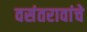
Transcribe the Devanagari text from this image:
वसंतरावांचे